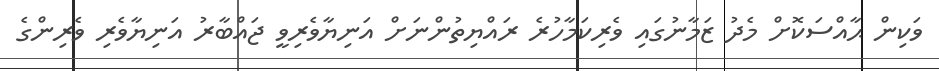
ވަކިން ޙާއްސަކޮށް މެދު ޒަމާނުގައި ވެރިކަމާހުރެ ރައްޔިތުންނަށް އަނިޔާވެރިވީ ޖައްބާރު އަނިޔާވެރި ވެރިންގެ